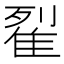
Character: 𨾸